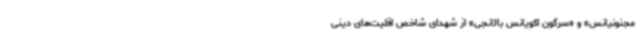
مجنونیانس» و «سرگون اکویانس بالانجی» از شهدای شاخص اقلیت‌های دینی